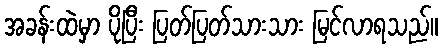
အခန်းထဲမှာ ပိုပြီး ပြတ်ပြတ်သားသား မြင်လာရသည်။